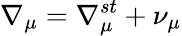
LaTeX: \nabla_{\mu}=\nabla_{\mu}^{st}+\nu_{\mu}